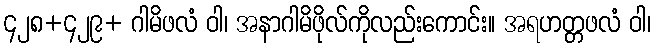
၄၂၈+၄၂၉+ ဂါမိဖလံ ဝါ၊ အနာဂါမိဖိုလ်ကိုလည်းကောင်း။ အရဟတ္တဖလံ ဝါ၊